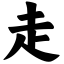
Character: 走